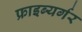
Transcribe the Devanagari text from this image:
फ्राइब्यर्गर